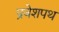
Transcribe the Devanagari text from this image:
प्रवेशपथ